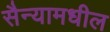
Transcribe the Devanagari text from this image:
सैन्यामधील